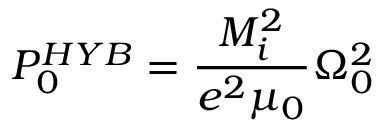
P _ { 0 } ^ { H Y B } = \frac { M _ { i } ^ { 2 } } { e ^ { 2 } \mu _ { 0 } } \Omega _ { 0 } ^ { 2 }